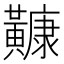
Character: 𪏢